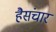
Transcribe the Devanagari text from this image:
हैसंचार